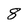
Character: 8